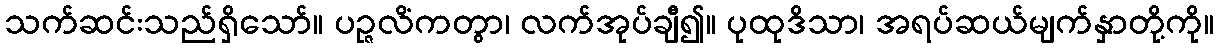
သက်ဆင်းသည်ရှိသော်။ ပဉ္ဇလိံကတွာ၊ လက်အုပ်ချီ၍။ ပုထုဒိသာ၊ အရပ်ဆယ်မျက်နှာတို့ကို။